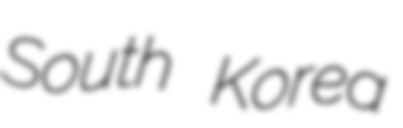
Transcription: South Korea